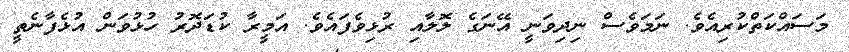
މަސައްކަތްކުރިއެވެ. ނަމަވެސް ނިދިވަނީ އޭނަގެ ލޮލާއި ރުޅިވެފައެވެ. އަމީރާ ކުޑަދޮރު ހުޅުވަން އުޅެފާނެތީ